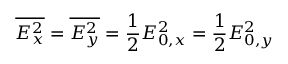
\overline { { E _ { x } ^ { 2 } } } = \overline { { E _ { y } ^ { 2 } } } = \frac { 1 } { 2 } E _ { 0 , x } ^ { 2 } = \frac { 1 } { 2 } E _ { 0 , y } ^ { 2 }